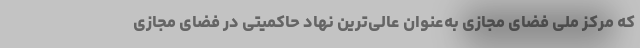
که مرکز ملی فضای مجازی به‌عنوان عالی‌ترین نهاد حاکمیتی در فضای مجازی